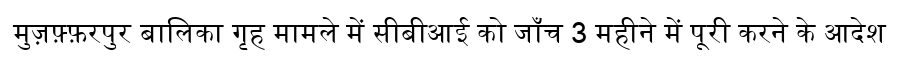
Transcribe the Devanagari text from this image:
मुज़फ़्फ़रपुर बालिका गृह मामले में सीबीआई को जाँच 3 महीने में पूरी करने के आदेश